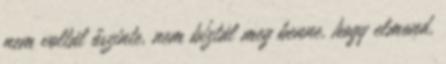
nem voltál őszinte, nem bíztál meg benne, hogy elmond,